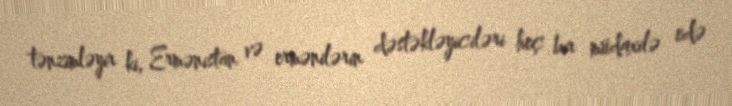
tənzimləyir ki, Ermənistan və ermənilərin dəstəkləyiciləri heç bir müdaxilə edə